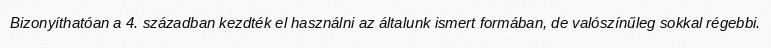
Bizonyíthatóan a 4. században kezdték el használni az általunk ismert formában, de valószínűleg sokkal régebbi.